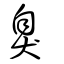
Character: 臭